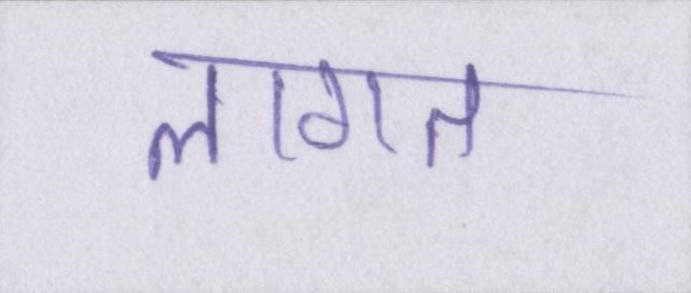
लागत